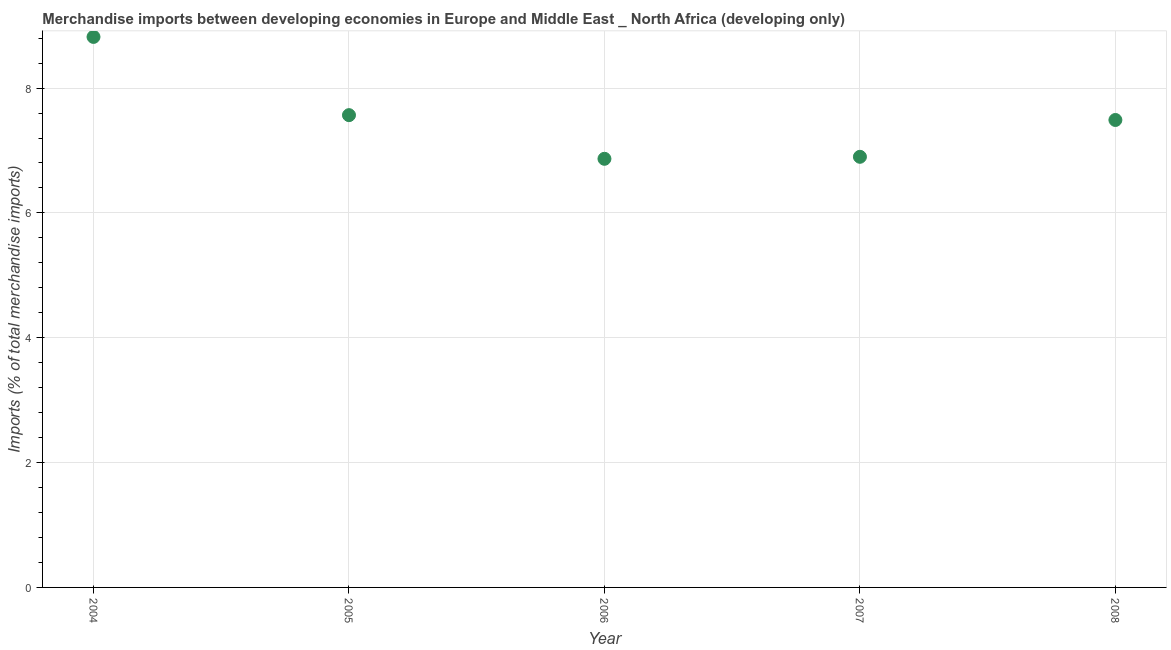
| Year | Merchandise imports |
 | --- | --- |
 | 2004 | 8.82 |
 | 2005 | 7.57 |
 | 2006 | 6.87 |
 | 2007 | 6.9 |
 | 2008 | 7.49 |